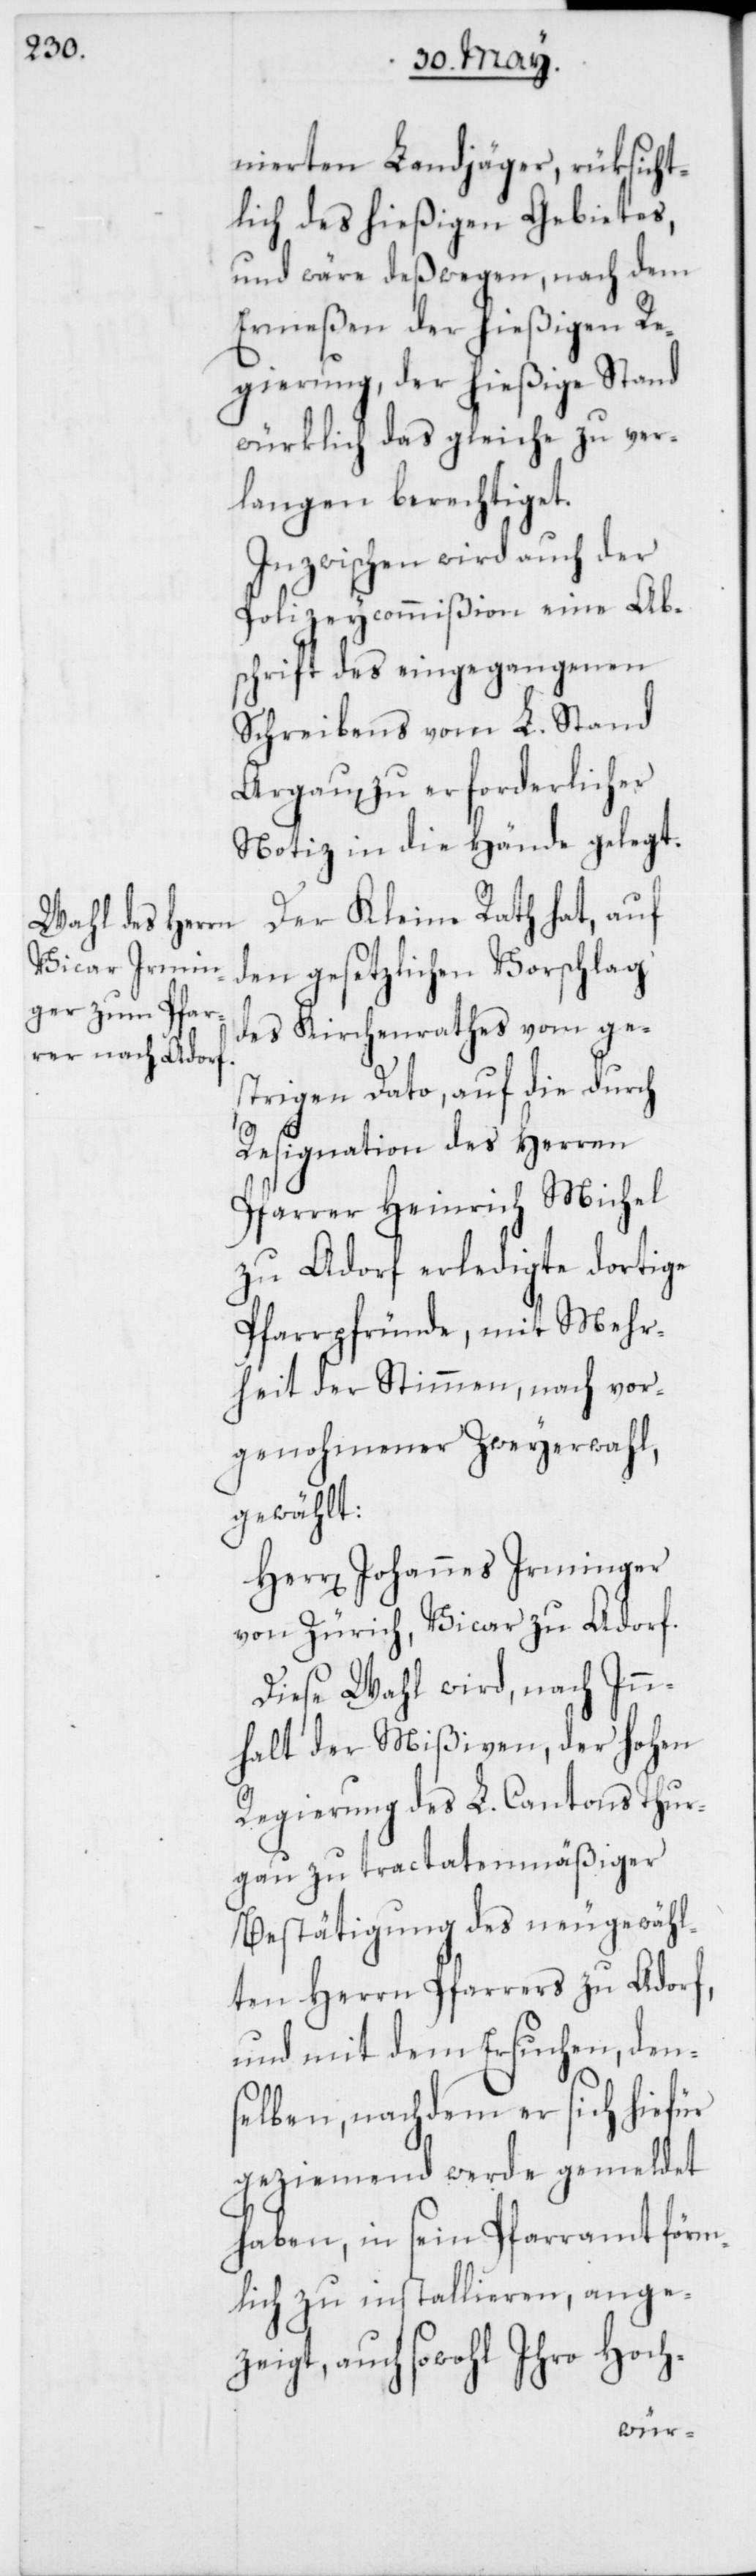
nierten Landjäger, rüksicht¬
lich des hießigen Gebietes,
und wäre deßwegen, nach dem
Ermeßen der hießigen Re¬
gierung, der hießige Stand
würklich das Gleiche zu ver¬
langen berechtiget.
Inzwischen wird auch der
Polizeycommißion eine Ab¬
schrift des eingegangenen
Schreibens vom L. Stand
Argau zu erforderlicher
Notiz in die Hände gelegt.
Der Kleine Rath hat, auf
den gesetzlichen Vorschlag
des Kirchenrathes vom ge¬
strigen Dato, auf die durch
Resignation des Herren
Pfarrer Heinrich Michel
zu Adorf erledigte dortige
Pfarrpründe, mit Mehr¬
heit der Stimmen, nach vor¬
genohmener Zweyerwahl,
gewählt:
Herr Johannes Irminger
von Zürich, Vicar zu Adorf.
Diese Wahl wird, nach Inn¬
halt der Mißiven, der Hohen
Regierung des L. Cantons Thur¬
gau zu tractatenmäßiger
Bestätigung des neugewähl¬
ten Herrn Pfarrers zu Aadorf,
und mit dem Ersuchen, den¬
selben, nachdem er sich hiefür
geziemend werde gemeldet
haben, in sein Pfarramt förm¬
lich zu installieren, ange¬
zeigt, auch sowohl Ihro Hoch-